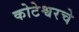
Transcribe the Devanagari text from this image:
कोटेश्वरचे